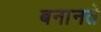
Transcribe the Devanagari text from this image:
बनानते